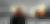
হর